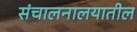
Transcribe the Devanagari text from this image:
संचालनालयातील